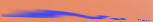
No Parking